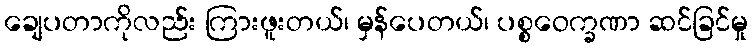
ချေပတာကိုလည်း ကြားဖူးတယ်၊ မှန်ပေတယ်၊ ပစ္စဝေက္ခဏာ ဆင်ခြင်မှု